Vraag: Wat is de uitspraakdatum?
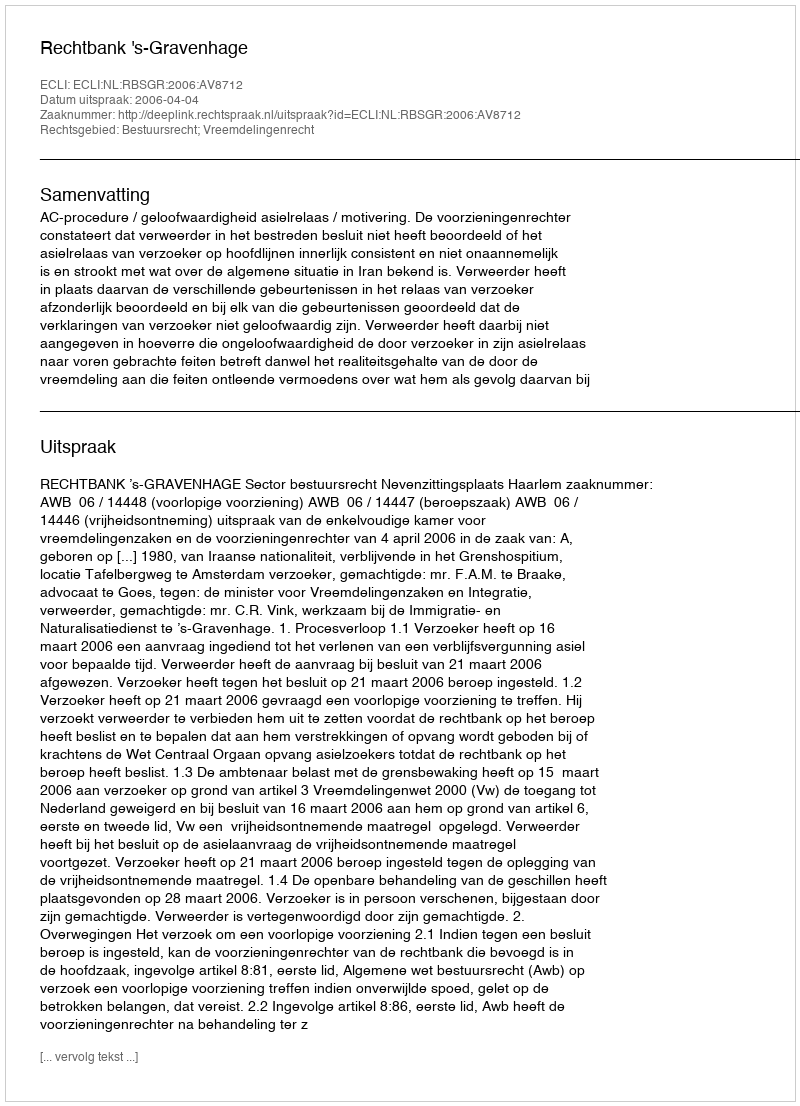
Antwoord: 2006-04-04